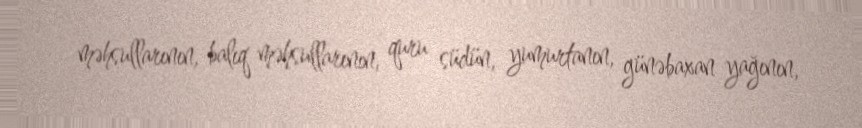
məhsullarının, balıq məhsullarının, quru südün, yumurtanın, günəbaxan yağının,